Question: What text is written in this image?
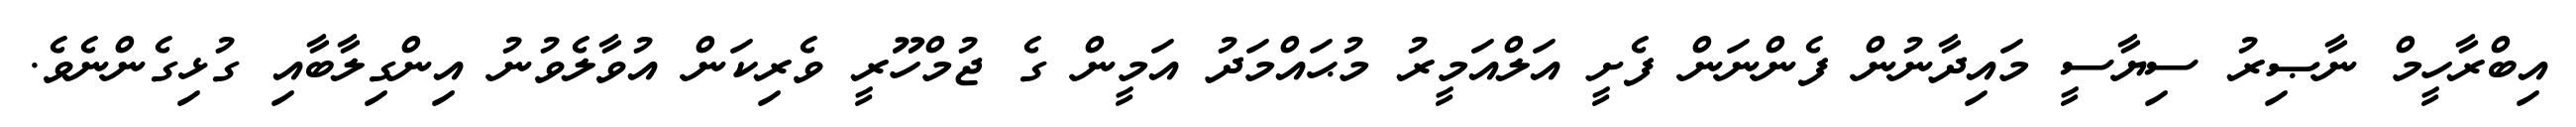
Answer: އިބްރާހީމް ނާޞިރު ސިޔާސީ މައިދާނުން ފެންނަން ފެށީ އަލްއަމީރު މުޙައްމަދު އަމީން ގެ ޖުމްހޫރީ ވެރިކަން އުވާލެވުނު އިންގިލާބާއި ގުޅިގެންނެވެ.